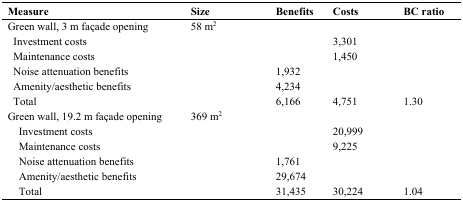
<table><thead><tr><td><b>Measure</b></td><td><b>Size</b></td><td><b>Benefits</b></td><td><b>Costs</b></td><td><b>BC ratio</b></td></tr></thead><tbody><tr><td>Green wall, 3 m façade opening</td><td>58 m<sup>2</sup></td><td></td><td></td><td></td></tr><tr><td> Investment costs</td><td></td><td></td><td>3,301</td><td></td></tr><tr><td> Maintenance costs</td><td></td><td></td><td>1,450</td><td></td></tr><tr><td> Noise attenuation benefits</td><td></td><td>1,932</td><td></td><td></td></tr><tr><td> Amenity/aesthetic benefits</td><td></td><td>4,234</td><td></td><td></td></tr><tr><td> Total</td><td></td><td>6,166</td><td>4,751</td><td>1.30</td></tr><tr><td> Green wall, 19.2 m façade opening</td><td>369 m<sup>2</sup></td><td></td><td></td><td></td></tr><tr><td> Investment costs</td><td></td><td></td><td>20,999</td><td></td></tr><tr><td> Maintenance costs</td><td></td><td></td><td>9,225</td><td></td></tr><tr><td> Noise attenuation benefits</td><td></td><td>1,761</td><td></td><td></td></tr><tr><td> Amenity/aesthetic benefits</td><td></td><td>29,674</td><td></td><td></td></tr><tr><td> Total</td><td></td><td>31,435</td><td>30,224</td><td>1.04</td></tr></tbody></table>